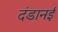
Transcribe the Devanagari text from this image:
दंडानई